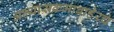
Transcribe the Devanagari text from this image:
अभ्यासक्रमाबाहेरचे